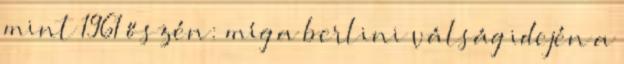
mint 1961 őszén: míg a berlini válság idején a